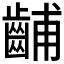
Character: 𫜦